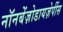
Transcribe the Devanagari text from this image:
नॉनबेंज़ोडायज़ेपींस